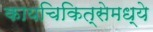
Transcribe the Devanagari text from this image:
कायचिकित्सेमध्ये